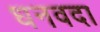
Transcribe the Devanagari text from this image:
धनवदा